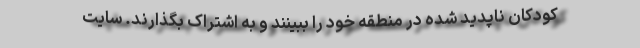
کودکان ناپدید شده در منطقه خود را ببینند و به اشتراک بگذارند. سایت